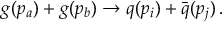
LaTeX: g ( p _ { a } ) + g ( p _ { b } ) \rightarrow q ( p _ { i } ) + { \bar { q } } ( p _ { j } ) \, .